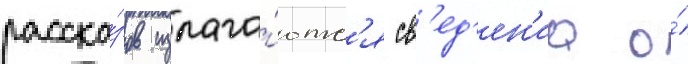
расска́зов излага́ютс'я св'ед'ен'иа о́